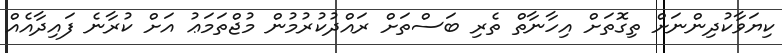
ކިޔަވާކުދިންނަށް ތިގޮތަށް އިހާނާތް ތެރި ބަސްތަށް ރައްދުކުރުމުން މުޖްތަމަޢު އަށް ކުރާނެ ފައިދާއެއް